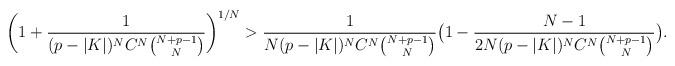
LaTeX: \begin{align*}\bigg(1+ \frac{1}{(p-|K|)^NC^N\binom{N+p-1}{N}}\bigg)^{1/N}>\frac{1}{N(p-|K|)^NC^N\binom{N+p-1}{N}}\big(1-\frac{N-1}{2N (p-|K|)^NC^N\binom{N+p-1}{N}}\big).\end{align*}